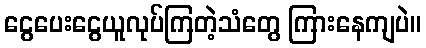
ငွေပေးငွေယူလုပ်ကြတဲ့သံတွေ ကြားနေကျပဲ။